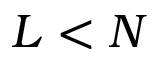
L < N